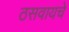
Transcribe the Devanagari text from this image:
ठसवायचे